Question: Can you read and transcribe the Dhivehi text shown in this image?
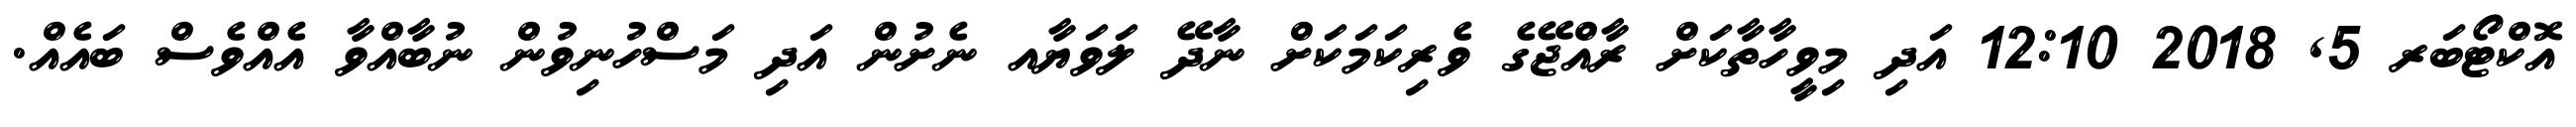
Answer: އޮކްޓޯބަރ 5, 2018 12:10 އަދި މިވީހާތާކަށް ރާއްޖޭގެ ވެރިކަމަކަށް ނާދޭ ލަވަޔާއ ނެށުން އަދި މަސްހުނިވުން ނުބާއްވާ އެއްވެސް ބައެއް.